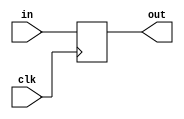
module DFlipFlop(clk,in,out);
  parameter n=1;
  input clk;
  input [n-1:0] in;
  output [n-1:0] out;
  reg [n-1:0] out;

  //update on rising edge
  always @(posedge clk)
    out = in;
endmodule